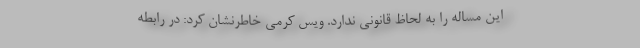
این مساله را به لحاظ قانونی ندارد. ویس کرمی خاطرنشان کرد: در رابطه